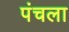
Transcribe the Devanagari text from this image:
पंचला